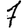
Digit: 7